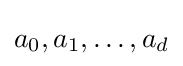
{\textstyle a_{0},a_{1},\ldots ,a_{d}}